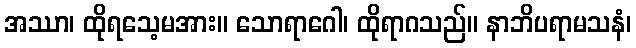
အဿာ၊ ထိုရသေ့မအား။ သောရာဂေါ၊ ထိုရာဂသည်။ နာဘိပရာမသနံ၊